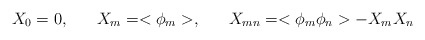
\begin{align*}X_{0}=0, \;\;\;\;\;\; X_{m} = <\phi_{m}>, \;\;\;\;\;\; X_{mn} = <\phi_{m}\phi_{n}> - X_{m} X_{n}\end{align*}